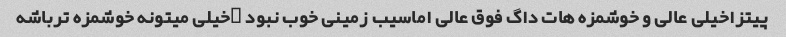
پیتزاخیلی عالی و خوشمزه هات داگ فوق عالی اماسیب زمینی خوب نبود …خیلی میتونه خوشمزه ترباشه